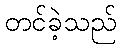
တင်ခဲ့သည်